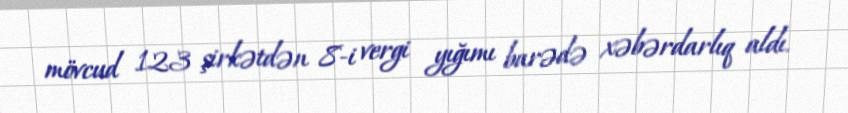
mövcud 123 şirkətdən 8-i vergi yığımı barədə xəbərdarlıq aldı.